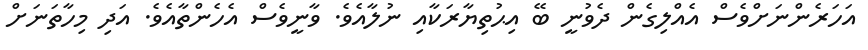
އަހަރެންނަށްވެސް އެއްލިގެން ދެވުނީ ބޭ އިޙުތިޔާރަކާއި ނުލާއެވެ. ވާނީވެސް އެހެންތާއެވެ. އަދި މިހާތަނަށް